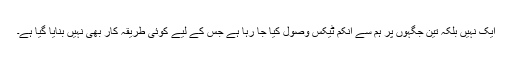
ایک نہیں بلکہ تین جگہوں پر ہم سے انکم ٹیکس وصول کیا جا رہا ہے جس کے لیے کوئی طریقہ کار بھی نہیں بنایا گیا ہے۔